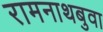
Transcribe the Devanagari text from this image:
रामनाथबुवा